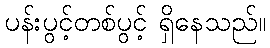
ပန်းပွင့်တစ်ပွင့် ရှိနေသည်။